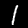
Label: 1